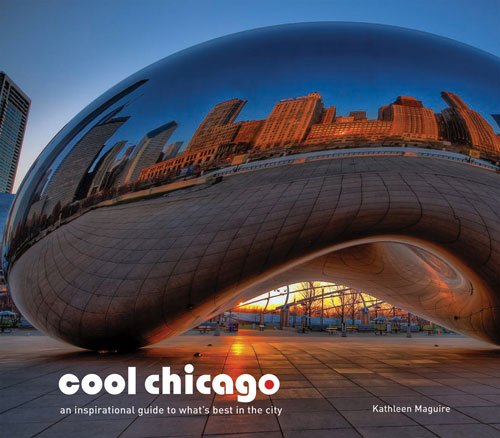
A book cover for Cool Chicago; Kathleen Maguire; Travel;